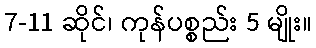
7-11 ဆိုင်၊ ကုန်ပစ္စည်း 5 မျိုး။